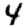
Digit: 4